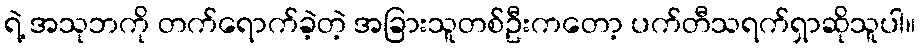
ရဲ့ အသုဘကို တက်ရောက်ခဲ့တဲ့ အခြားသူတစ်ဦးကတော့ ပက်တီသရက်ရှာဆိုသူပါ။